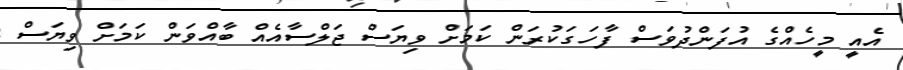
އެއީ މީހެއްގެ އުފަންދުވަސް ފާހަގަކުރަން ކަމަށް ވިޔަސް ޖަލްސާއެއް ބާއްވަން ކަމަށް ވިޔަސް